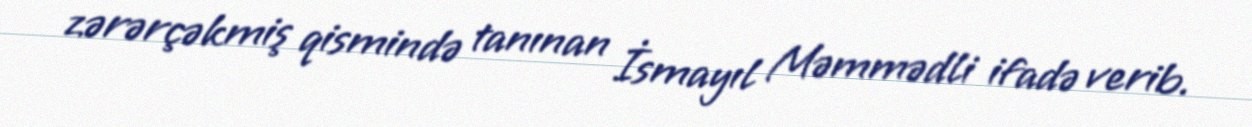
zərərçəkmiş qismində tanınan İsmayıl Məmmədli ifadə verib.